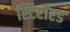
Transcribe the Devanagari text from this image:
स्टिरॉएड